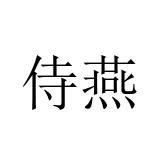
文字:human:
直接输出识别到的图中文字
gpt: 侍燕